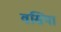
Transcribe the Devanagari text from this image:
वसिया